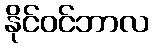
နိုင်ဝင်ဘာလ